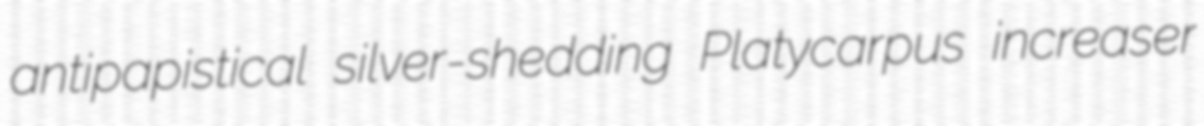
antipapistical silver-shedding Platycarpus increaser